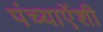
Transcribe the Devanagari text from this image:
पंच्याऐंशी